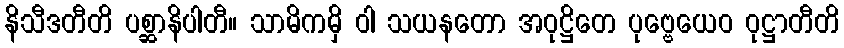
နိသီဒတီတိ ပစ္ဆာနိပါတီ။ သာမိကမှိ ဝါ သယနတော အဝုဋ္ဌိတေ ပုဗ္ဗေယေဝ ဝုဋ္ဌာတီတိ